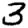
Digit: 3